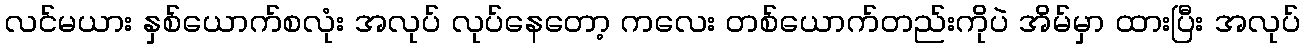
လင်မယား နှစ်ယောက်စလုံး အလုပ် လုပ်နေတော့ ကလေး တစ်ယောက်တည်းကိုပဲ အိမ်မှာ ထားပြီး အလုပ်